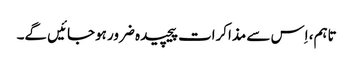
تاہم، اِس سے مذاکرات پیچیدہ ضرور ہوجائیں گے۔